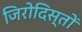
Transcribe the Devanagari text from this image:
जिरोदिस्तों